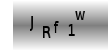
Text: JRf1W